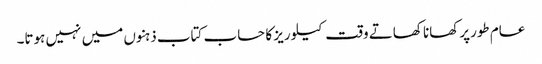
عام طورپرکھانا کھاتے وقت کیلوریز کا حساب کتاب ذہنوں میں نہیں ہوتا۔